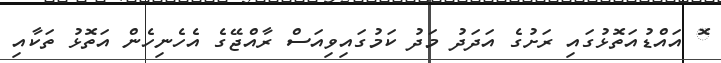
ޮ އައްޑުއަތޮޅުގައި ރަށުގެ އަދަދު މަދު ކަމުގައިވިއަސް ރާއްޖޭގެ އެހެނިހެން އަތޮޅު ތަކާއި